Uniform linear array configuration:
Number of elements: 16
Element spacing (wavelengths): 0.75
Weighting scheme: cosine
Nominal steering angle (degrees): -60
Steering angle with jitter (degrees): -61.524
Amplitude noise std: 0.05
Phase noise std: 0.05

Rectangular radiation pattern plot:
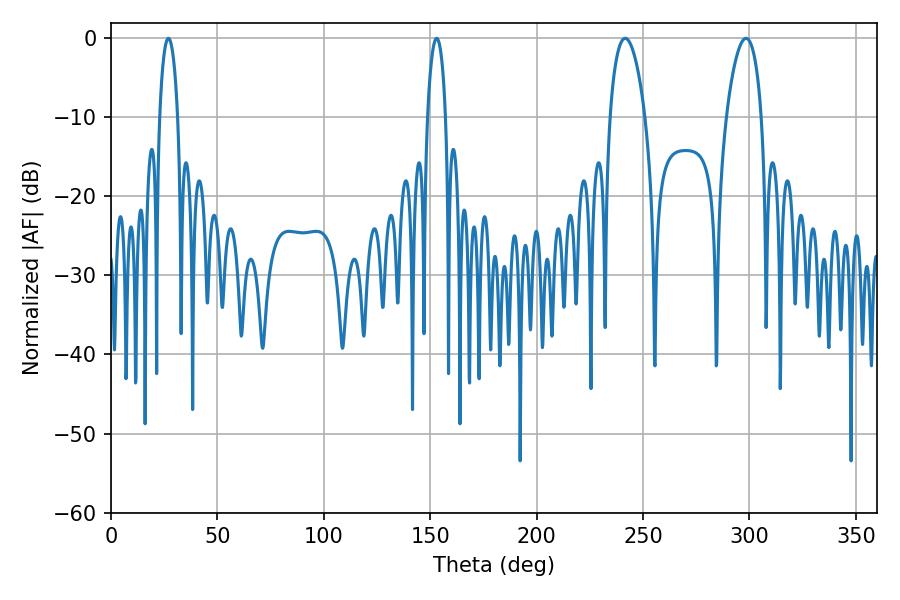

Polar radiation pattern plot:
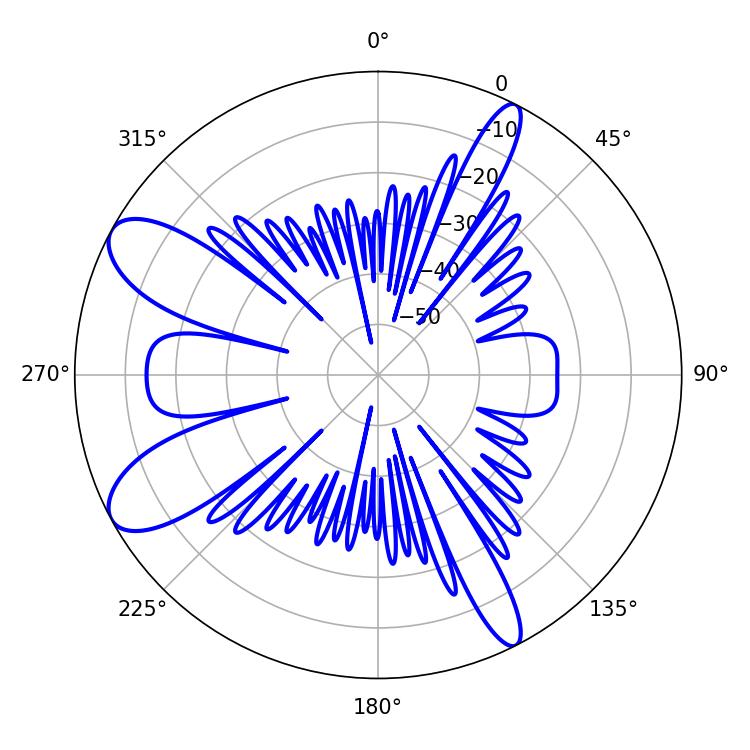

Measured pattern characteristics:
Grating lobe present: TRUE
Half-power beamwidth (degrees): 4.68
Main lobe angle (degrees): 27